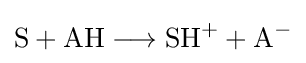
{\mathrm {S} {}+{}\mathrm {AH} {}\mathrel {\longrightarrow } {}\mathrm {SH} {\vphantom {A}}^{+}{}+{}\mathrm {A} {\vphantom {A}}^{-}}